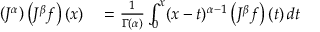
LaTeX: \begin{array} { r l } { \left( J ^ { \alpha } \right) \left( J ^ { \beta } f \right) ( x ) } & { { } = { \frac { 1 } { \Gamma ( \alpha ) } } \int _ { 0 } ^ { x } ( x - t ) ^ { \alpha - 1 } \left( J ^ { \beta } f \right) ( t ) \, d t } \end{array}